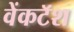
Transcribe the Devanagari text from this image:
वेंकटॅश